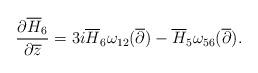
LaTeX: \begin{align*}\frac{\partial\overline{H}_6}{\partial\overline{z}}=3i\overline{H}_6\omega_{12}(\overline{\partial})-\overline{H}_5\omega_{56}(\overline{\partial}).\end{align*}